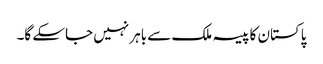
پاکستان کا پیسہ ملک سے باہر نہیں جاسکے گا۔